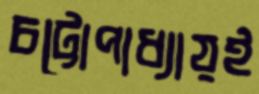
চট্টোপাধ্যায়ই